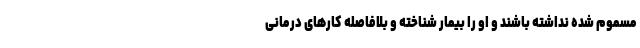
مسموم شده نداشته باشند و او را بیمار شناخته و بلافاصله کارهای درمانی